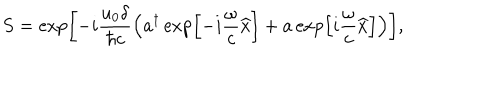
S = \exp \left[ - i \frac { u _ { 0 } \delta } { \hbar c } \left( a ^ { \dagger } \exp \left[ - i \frac { \omega } { c } \widehat { x } \right] + a \exp \left[ i \frac { \omega } { c } \widehat { x } \right] \right) \right] ,